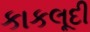
કાકલૂદી